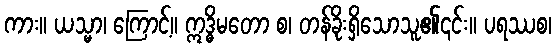
ကား။ ယသ္မာ၊ ကြောင့်။ ဣဒ္ဓိမတော စ၊ တန်ခိုးရှိသောသူ၏၎င်း။ ပရဿစ၊